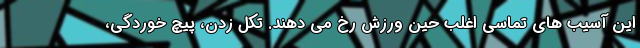
این آسیب های تماسی اغلب حین ورزش رخ می دهند. تکل زدن، پیچ خوردگی،